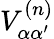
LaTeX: V_{\alpha\alpha^{\prime}}^{(n)}